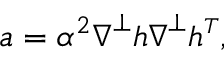
\boldsymbol { a } = \alpha ^ { 2 } \boldsymbol { \nabla } ^ { \perp } h \boldsymbol { \nabla } ^ { \perp } h ^ { \scriptscriptstyle T } ,